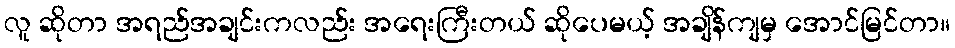
လူ ဆိုတာ အရည်အချင်းကလည်း အရေးကြီးတယ် ဆိုပေမယ့် အချိန်ကျမှ အောင်မြင်တာ။